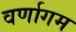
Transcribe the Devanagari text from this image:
वर्णागम